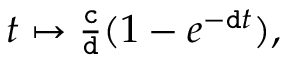
\begin{array} { r } { t \mapsto \frac { \mathtt { c } } { \mathtt { d } } ( 1 - e ^ { - \mathtt { d } t } ) , } \end{array}